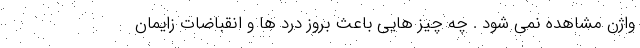
واژن مشاهده نمی شود . چه چیز هایی باعث بروز درد ها و انقباضات زایمان